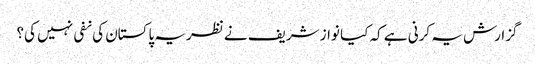
گزارش یہ کرنی ہے کہ کیا نواز شریف نے نظریہ پاکستان کی نفی نہیں کی؟